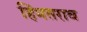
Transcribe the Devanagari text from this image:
हिंमतराव